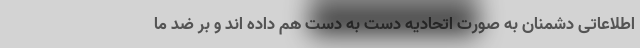
اطلاعاتی دشمنان به صورت اتحادیه دست به دست هم داده اند و بر ضد ما